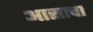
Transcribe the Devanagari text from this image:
आसाचा